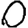
Digit: 0